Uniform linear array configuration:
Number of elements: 48
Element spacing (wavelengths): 0.5
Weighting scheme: binomial
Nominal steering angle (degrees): -60
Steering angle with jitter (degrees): -59.546
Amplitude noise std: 0.05
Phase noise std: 0.05

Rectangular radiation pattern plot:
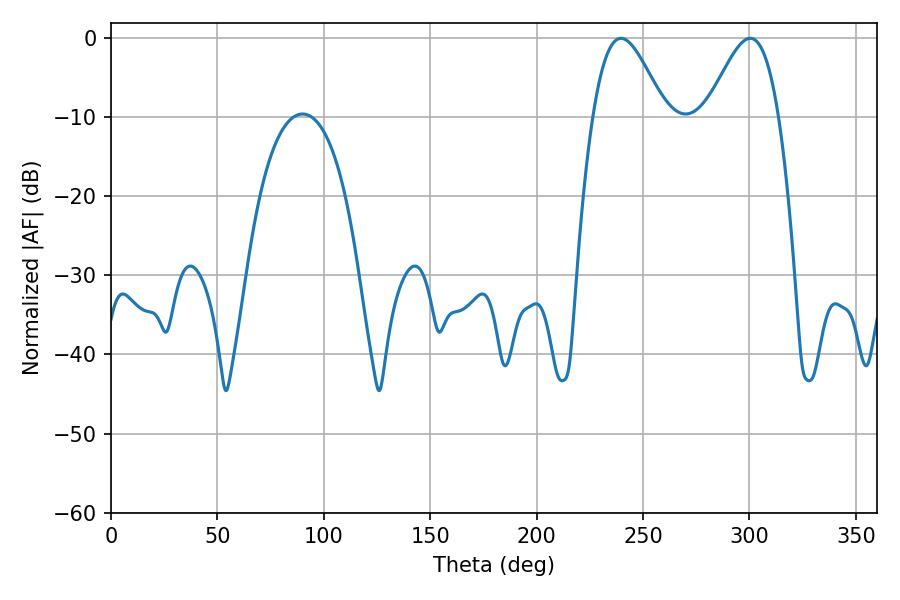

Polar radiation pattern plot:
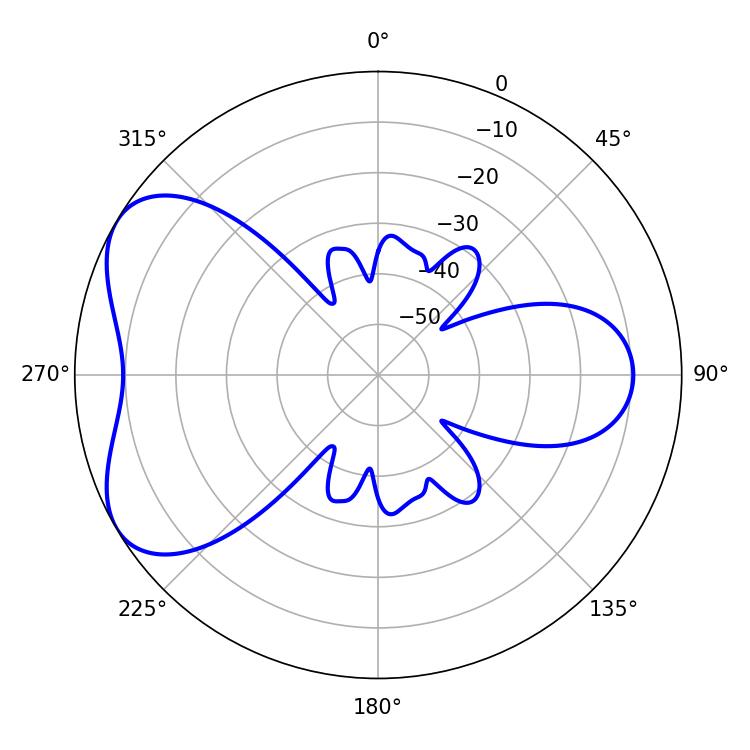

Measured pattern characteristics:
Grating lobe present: FALSE
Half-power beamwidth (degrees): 18
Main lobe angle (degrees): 300.42